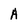
Character: A